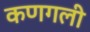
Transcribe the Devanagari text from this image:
कणगली